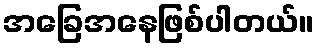
အခြေအနေဖြစ်ပါတယ်။